Annual administration report of the Civil Veterinary Department, Sind - 1938-1939
Year: 1938
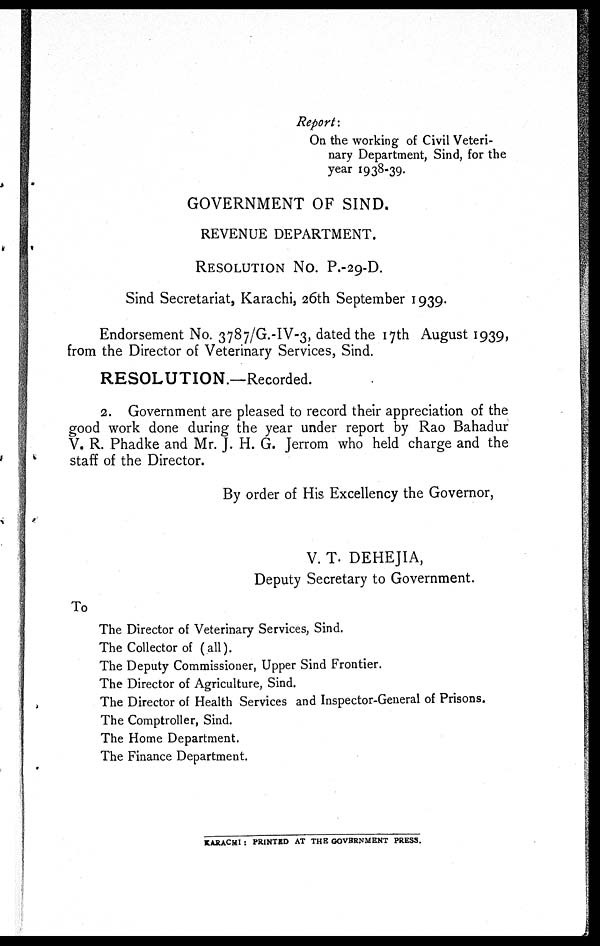
Report:
On the working of Civil Veteri-
nary Department, Sind, for the
year 1938-39.
GOVERNMENT OF SIND.
REVENUE DEPARTMENT.
RESOLUTION No. P.-29-D.
Sind Secretariat, Karachi, 26th September 1939.
Endorsement No. 3787/G.-IV-3, dated the 17th August 1939,
from the Director of Veterinary Services, Sind.
RESOLUTION.—Recorded.
2. Government are pleased to record their appreciation of the
good work done during the year under report by Rao Bahadur
V. R. Phadke and Mr. J. H. G. Jerrom who held charge and the
staff of the Director.
By order of His Excellency the Governor,
V. T. DEHEJIA,
Deputy Secretary to Government.
To
The Director of Veterinary Services, Sind.
The Collector of (all).
The Deputy Commissioner, Upper Sind Frontier.
The Director of Agriculture, Sind.
The Director of Health Services and Inspector-General of Prisons.
The Comptroller, Sind.
The Home Department.
The Finance Department.
KARACHI : PRINTED AT THE GOVERNMENT PRESS.